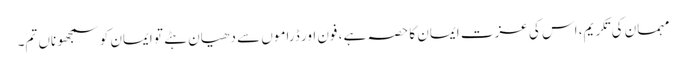
مہمان کی تکریم، اس کی عزت ایمان کا حصہ ہے ، فون اور ڈراموں سے دھیان ہٹے تو ایمان کو سمجھو ناں تم۔